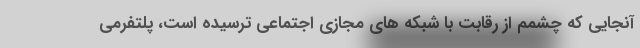
آنجایی که چشمم از رقابت با شبکه های مجازی اجتماعی ترسیده است، پلتفرمی